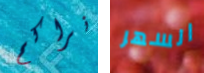
نراكم السهر